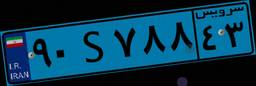
۹۰S۷۸۸۴۳